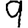
Digit: 9